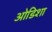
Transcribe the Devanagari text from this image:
ओडिशा